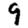
Digit: 9